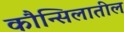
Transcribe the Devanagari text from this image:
कौन्सिलातील